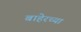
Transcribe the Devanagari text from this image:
बाहेरच्‍या